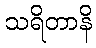
သရိတာနိ